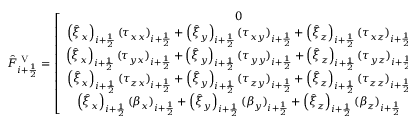
\hat { F } _ { i + \frac { 1 } { 2 } } ^ { \mathrm { ~ V ~ } } = \left[ \begin{array} { c } { 0 } \\ { \left( \hat { \xi } _ { x } \right) _ { i + \frac { 1 } { 2 } } ( \tau _ { x x } ) _ { i + \frac { 1 } { 2 } } + \left( \hat { \xi } _ { y } \right) _ { i + \frac { 1 } { 2 } } ( \tau _ { x y } ) _ { i + \frac { 1 } { 2 } } + \left( \hat { \xi } _ { z } \right) _ { i + \frac { 1 } { 2 } } ( \tau _ { x z } ) _ { i + \frac { 1 } { 2 } } } \\ { \left( \hat { \xi } _ { x } \right) _ { i + \frac { 1 } { 2 } } ( \tau _ { y x } ) _ { i + \frac { 1 } { 2 } } + \left( \hat { \xi } _ { y } \right) _ { i + \frac { 1 } { 2 } } ( \tau _ { y y } ) _ { i + \frac { 1 } { 2 } } + \left( \hat { \xi } _ { z } \right) _ { i + \frac { 1 } { 2 } } ( \tau _ { y z } ) _ { i + \frac { 1 } { 2 } } } \\ { \left( \hat { \xi } _ { x } \right) _ { i + \frac { 1 } { 2 } } ( \tau _ { z x } ) _ { i + \frac { 1 } { 2 } } + \left( \hat { \xi } _ { y } \right) _ { i + \frac { 1 } { 2 } } ( \tau _ { z y } ) _ { i + \frac { 1 } { 2 } } + \left( \hat { \xi } _ { z } \right) _ { i + \frac { 1 } { 2 } } ( \tau _ { z z } ) _ { i + \frac { 1 } { 2 } } } \\ { \left( \hat { \xi } _ { x } \right) _ { i + \frac { 1 } { 2 } } ( \beta _ { x } ) _ { i + \frac { 1 } { 2 } } + \left( \hat { \xi } _ { y } \right) _ { i + \frac { 1 } { 2 } } ( \beta _ { y } ) _ { i + \frac { 1 } { 2 } } + \left( \hat { \xi } _ { z } \right) _ { i + \frac { 1 } { 2 } } ( \beta _ { z } ) _ { i + \frac { 1 } { 2 } } } \end{array} \right]